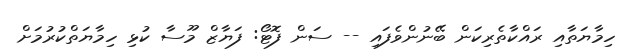
ހިމާޔަތާއި ރައްކާތެރިކަން ބޭނުންވެފައި -- ސަން ފޮޓޯ: ފަޔާޒް މޫސާ ކުޅި ހިމާޔަތްކުރުމަށް